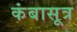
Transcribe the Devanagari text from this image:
कंबासूत्र